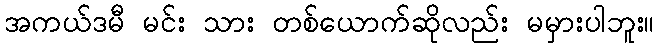
အကယ်ဒမီ မင်း သား တစ်ယောက်ဆိုလည်း မမှားပါဘူး။